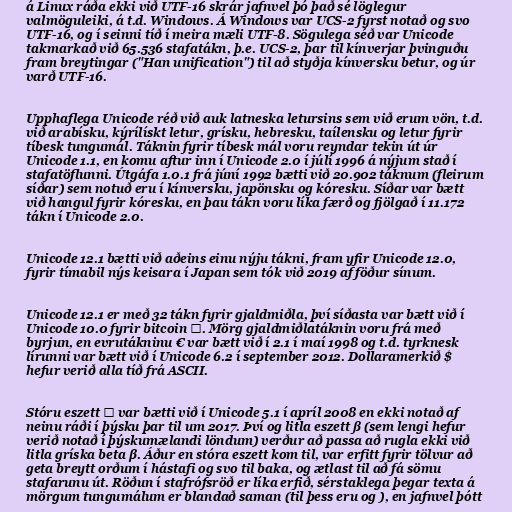
á Linux ráða ekki við UTF-16 skrár jafnvel þó það sé löglegur
valmöguleiki, á t.d. Windows. Á Windows var UCS-2 fyrst notað og svo
UTF-16, og í seinni tíð í meira mæli UTF-8. Sögulega séð var Unicode
takmarkað við 65.536 stafatákn, þ.e. UCS-2, þar til kínverjar þvinguðu
fram breytingar ("Han unification") til að styðja kínversku betur, og úr
varð UTF-16.

Upphaflega Unicode réð við auk latneska letursins sem við erum vön, t.d.
við arabísku, kýrílískt letur, grísku, hebresku, taílensku og letur fyrir
tíbesk tungumál. Táknin fyrir tíbesk mál voru reyndar tekin út úr
Unicode 1.1, en komu aftur inn í Unicode 2.0 í júlí 1996 á nýjum stað í
stafatöflunni. Útgáfa 1.0.1 frá júní 1992 bætti við 20.902 táknum (fleirum
síðar) sem notuð eru í kínversku, japönsku og kóresku. Síðar var bætt
við hangul fyrir kóresku, en þau tákn voru líka færð og fjölgað í 11.172
tákn í Unicode 2.0.

Unicode 12.1 bætti við aðeins einu nýju tákni, fram yfir Unicode 12.0,
fyrir tímabil nýs keisara í Japan sem tók við 2019 af föður sínum.

Unicode 12.1 er með 32 tákn fyrir gjaldmiðla, því síðasta var bætt við í
Unicode 10.0 fyrir bitcoin ₿. Mörg gjaldmiðlatáknin voru frá með
byrjun, en evrutákninu € var bætt við í 2.1 í maí 1998 og t.d. tyrknesk
lírunni var bætt við í Unicode 6.2 í september 2012. Dollaramerkið $
hefur verið alla tíð frá ASCII.

Stóru eszett ẞ var bætti við í Unicode 5.1 í apríl 2008 en ekki notað af
neinu ráði í þýsku þar til um 2017. Því og litla eszett ß (sem lengi hefur
verið notað í þýskumælandi löndum) verður að passa að rugla ekki við
litla gríska beta β. Áður en stóra eszett kom til, var erfitt fyrir tölvur að
geta breytt orðum í hástafi og svo til baka, og ætlast til að fá sömu
stafarunu út. Röðun í stafrófsröð er líka erfið, sérstaklega þegar texta á
mörgum tungumálum er blandað saman (til þess eru og ), en jafnvel þótt